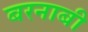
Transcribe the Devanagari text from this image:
बरनाबी